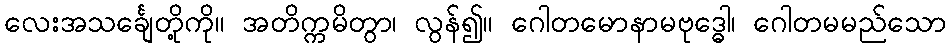
လေးအသင်္ချေတို့ကို။ အတိက္ကမိတွာ၊ လွန်၍။ ဂေါတမောနာမဗုဒ္ဓေါ၊ ဂေါတမမည်သော